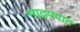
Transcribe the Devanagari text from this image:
भाद्रपदात